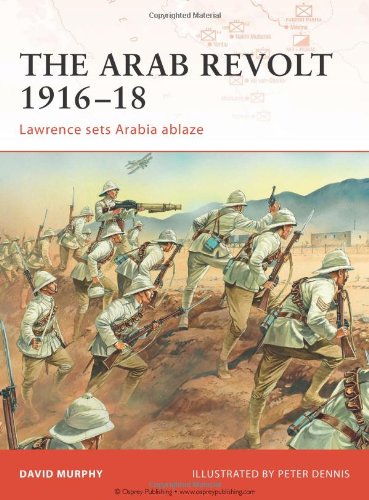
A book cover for The Arab Revolt 1916-18: Lawrence sets Arabia ablaze (Campaign); David Murphy; History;